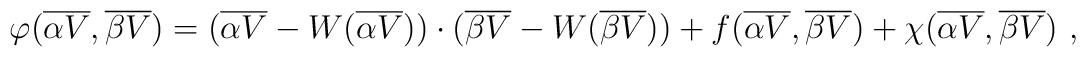
\varphi ({\overline {\alpha V}}, {\overline {\beta V}})= ({\overline {\alpha V}}-W ({\overline {\alpha V}}))\cdot ({\overline {\beta V}}-W({\overline {\beta V}}))+ f({\overline {\alpha V}}, {\overline {\beta V}}) + \chi ({\overline {\alpha V}}, {\overline {\beta V}}) ~,